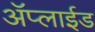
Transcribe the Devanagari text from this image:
ॲप्लाईड